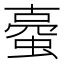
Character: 𧍾